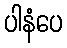
ပါနံပေ